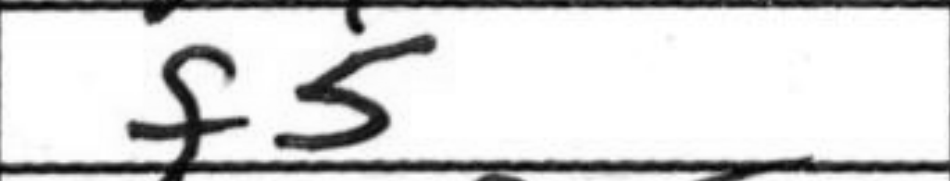
Transcription: f5